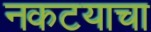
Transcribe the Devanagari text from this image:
नकटयाचा